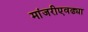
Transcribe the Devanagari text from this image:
मांजरीएवढ्या